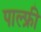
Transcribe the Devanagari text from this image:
पाल्फ्री